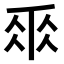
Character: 𠂹